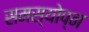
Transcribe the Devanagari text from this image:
समस्योप्न